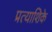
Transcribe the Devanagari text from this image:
प्रत्याशिके